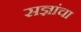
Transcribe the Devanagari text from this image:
सज्ञांचा